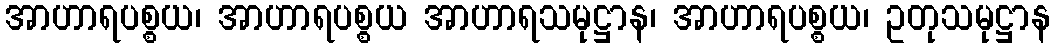
အာဟာရပစ္စယ၊ အာဟာရပစ္စယ အာဟာရသမုဋ္ဌာန၊ အာဟာရပစ္စယ၊ ဥတုသမုဋ္ဌာန